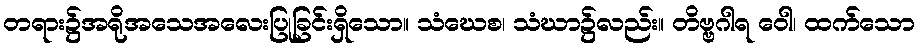
တရား၌အရိုအသေအလေးပြုခြင်းရှိသော။ သံဃေစ၊ သံဃာ၌လည်း။ တိဗ္ဗဂါရ ဝေါ၊ ထက်သော